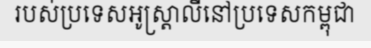
របស់ប្រទេសអូស្ត្រាលីនៅប្រទេសកម្ពុជា